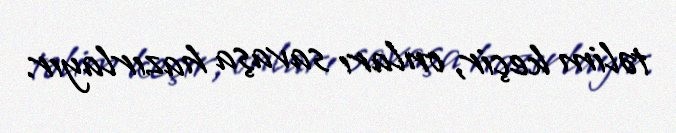
təlim keçir, onları savaşa hazırlayır.